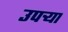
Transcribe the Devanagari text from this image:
उपर्‍या